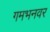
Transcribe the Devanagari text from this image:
गमभनवर